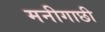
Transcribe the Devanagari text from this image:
मनीगाछी